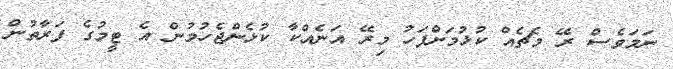
ނަމަވެސް ރޭ މެޗެއް ކުޅުމަށްފަހު މިރޭ އަނެއްކާ ކުޅެންޖެހުމުން އެ ޓީމުގެ ފަރާތުން